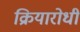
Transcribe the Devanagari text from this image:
क्रियारोधी